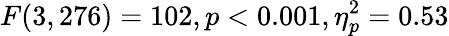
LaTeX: F(3,276)=102,p<0.001,\eta_{p}^{2}=0.53